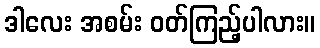
ဒါလေး အစမ်း ဝတ်ကြည့်ပါလား။